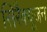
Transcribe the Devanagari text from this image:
सिरैक्यूजन